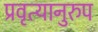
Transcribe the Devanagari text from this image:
प्रवृत्यानुरुप